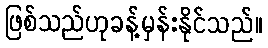
ဖြစ်သည်ဟုခန့်မှန်းနိုင်သည်။